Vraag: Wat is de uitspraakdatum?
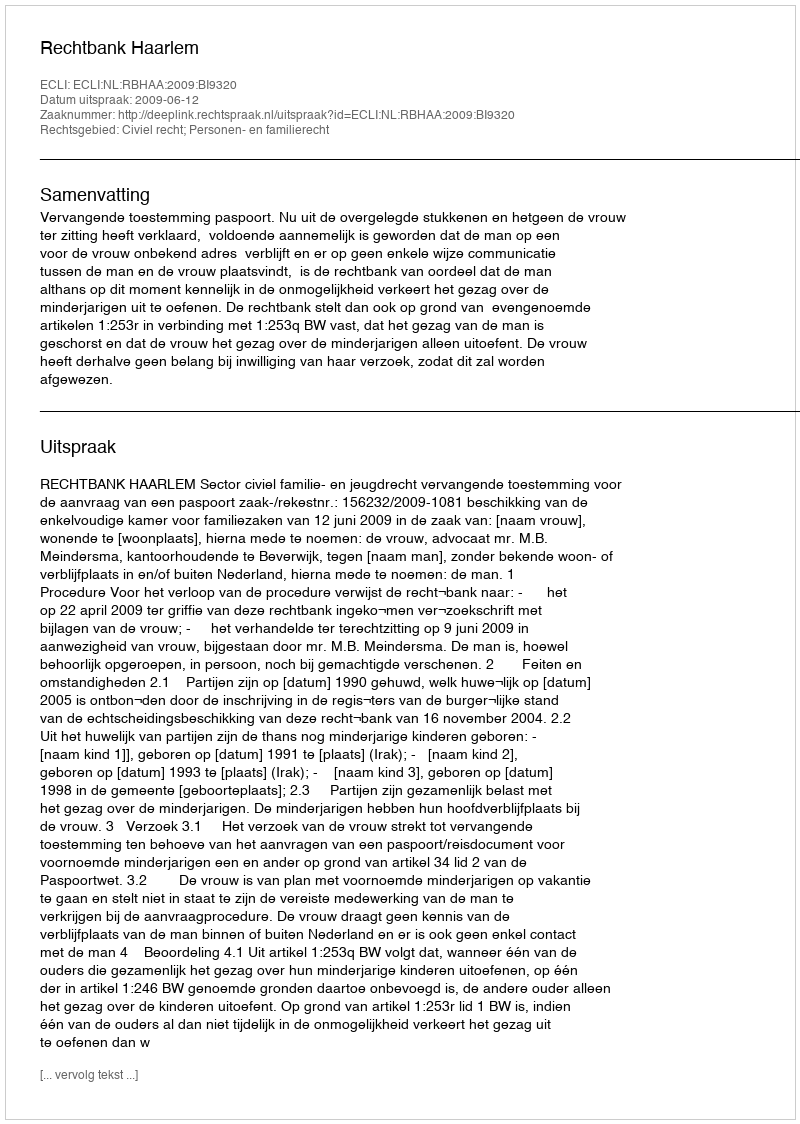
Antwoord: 2009-06-12